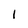
Character: 1